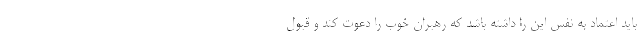
باید اعتماد به نفس این را داشته باشد که رهبران خوب را دعوت کند و قبول